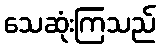
သေဆုံးကြသည်